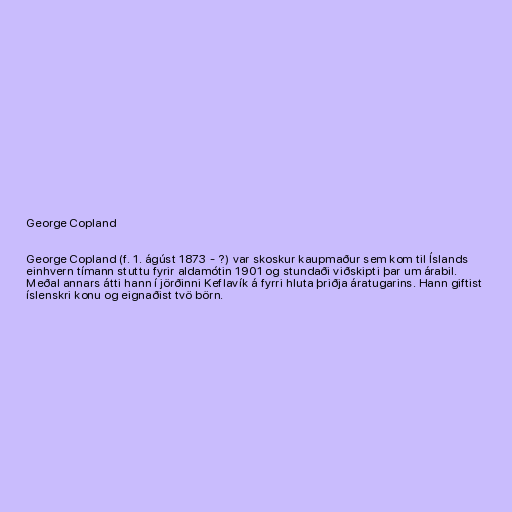
George Copland

George Copland (f. 1. ágúst 1873 - ?) var skoskur kaupmaður sem kom til Íslands
einhvern tímann stuttu fyrir aldamótin 1901 og stundaði viðskipti þar um árabil.
Meðal annars átti hann í jörðinni Keflavík á fyrri hluta þriðja áratugarins. Hann giftist
íslenskri konu og eignaðist tvö börn.